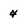
Character: 4